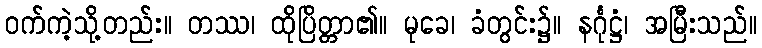
ဝက်ကဲ့သို့တည်း။ တဿ၊ ထိုပြိတ္တာ၏။ မုခေ၊ ခံတွင်း၌။ နင်္ဂုဋ္ဌံ၊ အမြီးသည်။